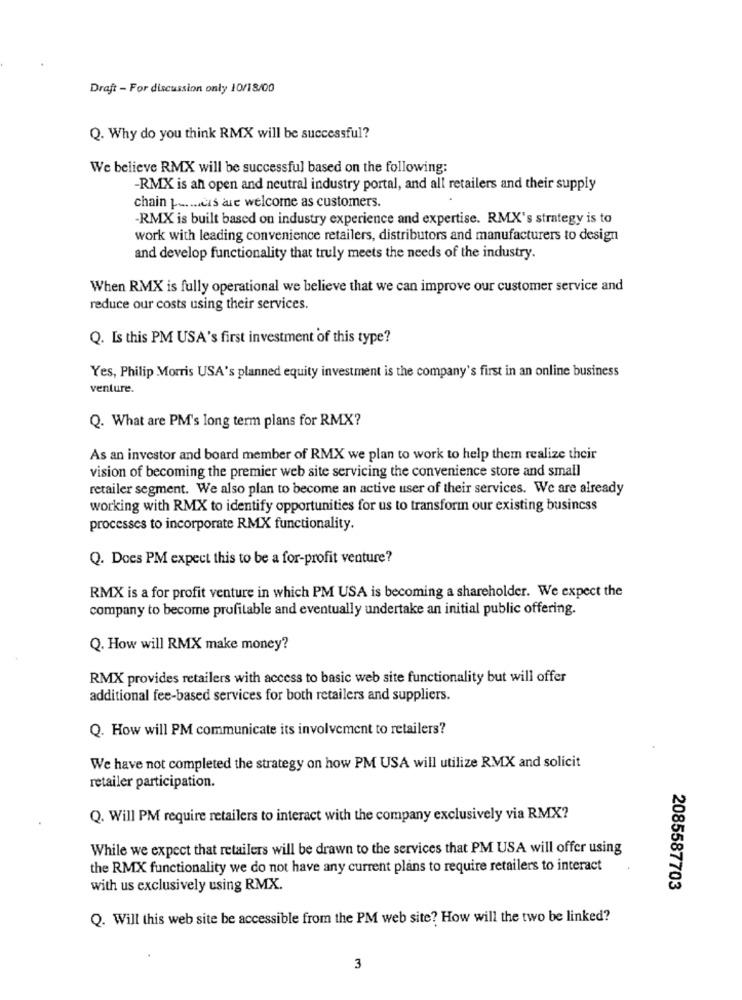
Draft - For discussion only 10/18/00
Q. Why do you think RMX will be successful?
We believe RMX will be successful based on the following:
-RMX is an open and neutral industry portal, and all retailers and their supply
chain p ...... es are welcome as customers.
-RMX is built based on industry experience and expertise. RMX's strategy is to
work with leading convenience retailers, distributors and manufacturers to design
and develop functionality that truly meets the needs of the industry.
When RMX is fully operational we believe that we can improve our customer service and
reduce our costs using their services.
Q. Is this PM USA's first investment of this type?
Yes, Philip Morris USA's planned equity investment is the company's first in an online business
venture.
Q. What are PM's long term plans for RMX?
As an investor and board member of RMX we plan to work to help them realize their
vision of becoming the premier web site servicing the convenience store and small
retailer segment. We also plan to become an active user of their services. We are already
working with RMX to identify opportunities for us to transform our existing business
processes to incorporate RMX functionality.
Q. Does PM expect this to be a for-profit venture?
RMX is a for profit venture in which PM USA is becoming a shareholder. We expect the
company to become profitable and eventually undertake an initial public offering.
Q. How will RMX make money?
RMX provides retailers with access to basic web site functionality but will offer
additional fee-based services for both retailers and suppliers.
Q. How will PM communicate its involvement to retailers?
We have not completed the strategy on how PM USA will utilize RMX and solicit
retailer participation.
Q. Will PM require retailers to interact with the company exclusively via RMX?
While we expect that retailers will be drawn to the services that PM USA will offer using
the RMX functionality we do not have any current plans to require retailers to interact
with us exclusively using RMX.
2085587703
Q. Will this web site be accessible from the PM web site? How will the two be linked?
3